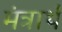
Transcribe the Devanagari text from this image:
मंत्रार्थ